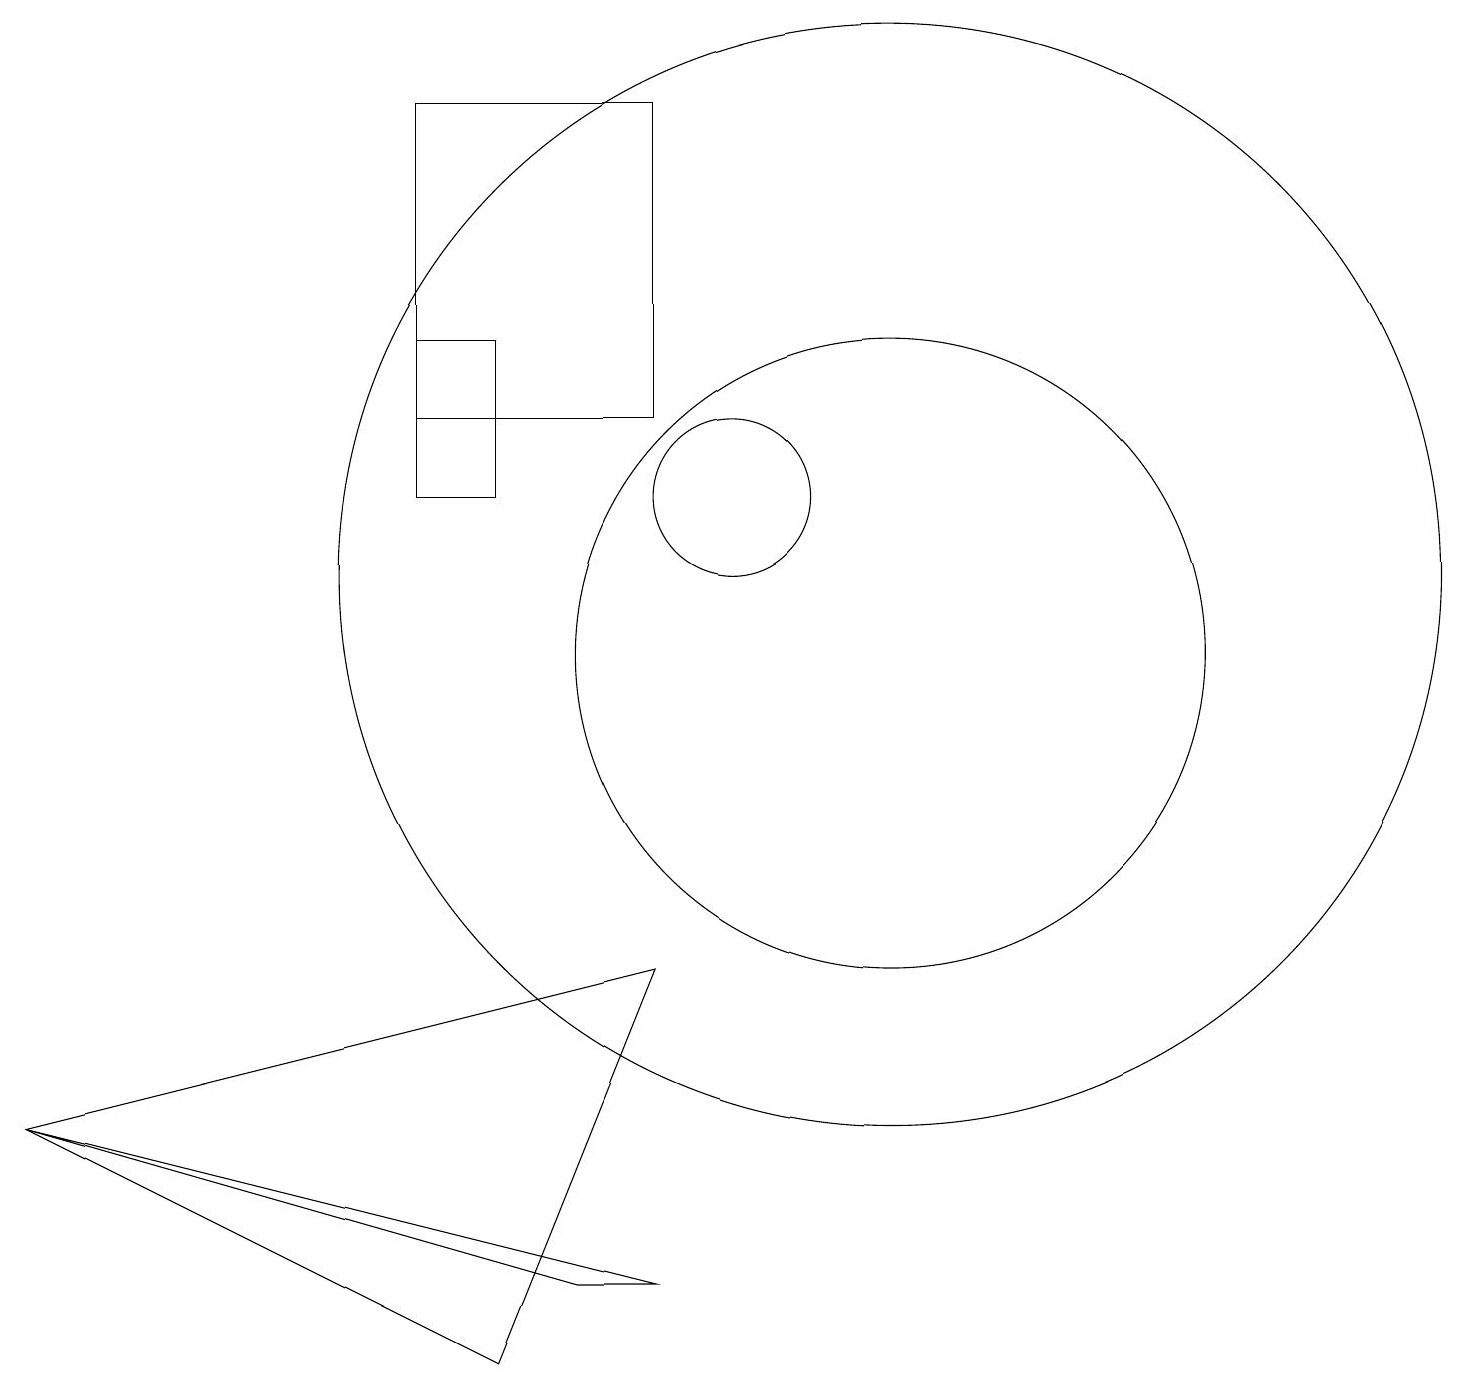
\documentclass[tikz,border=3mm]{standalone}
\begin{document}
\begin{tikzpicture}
\draw (10,12) circle (1);
\draw (12,10) circle (4);
\draw (6,12) rectangle (7,14);
\draw (1,4) -- (7,1) -- (9,6) -- cycle;
\draw (1,4) -- (9,2) -- (8,2) -- cycle;
\draw (12,11) circle (7);
\draw (9,13) rectangle (6,17);
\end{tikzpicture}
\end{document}